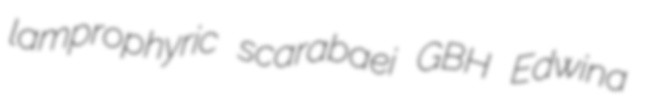
lamprophyric scarabaei GBH Edwina